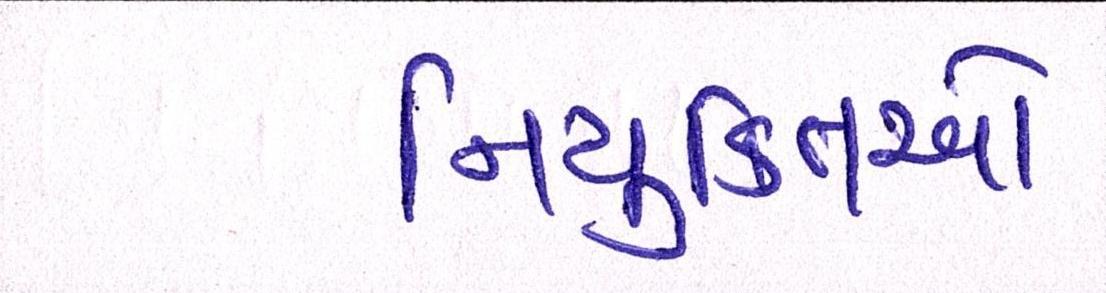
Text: નિયુક્તિઓ